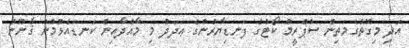
އަދި މިގޮތުގެމަތިން ސުޕްރީމް ކޯޓުގެ ފަނޑިޔާރުންގެ ޢަދަދު މި މާއްދާއިން ކަނޑައެޅުމުން ޤާނޫނު